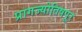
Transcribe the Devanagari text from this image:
प्रागज्योतिषपूर